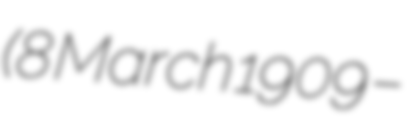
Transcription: (8 March 1909 –